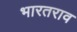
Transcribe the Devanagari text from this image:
भारतराव